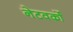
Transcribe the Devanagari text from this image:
नेटवर्को